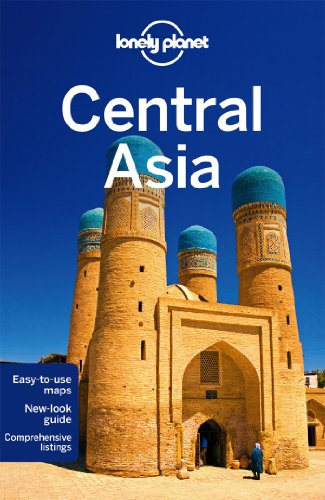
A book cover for Lonely Planet Central Asia (Travel Guide); Lonely Planet; Travel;